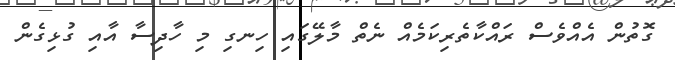
ގޮތުން އެއްވެސް ރައްކާތެރިކަމެއް ނެތް މާލޭގައި ހިނގި މި ހާދިސާ އާއި ގުޅިގެން